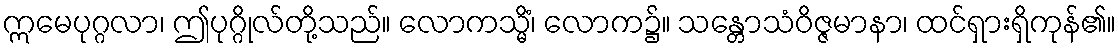
ဣမေပုဂ္ဂလာ၊ ဤပုဂ္ဂိုလ်တို့သည်။ လောကသ္မိံ၊ လောက၌။ သန္တောသံဝိဇ္ဇမာနာ၊ ထင်ရှားရှိကုန်၏။